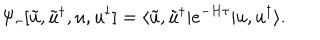
\Psi _ { \tau } [ \tilde { u } , \tilde { u } ^ { \dagger } , u , u ^ { \dagger } ] = \langle \tilde { u } , \tilde { u } ^ { \dagger } | e ^ { - H \tau } | u , u ^ { \dagger } \rangle .